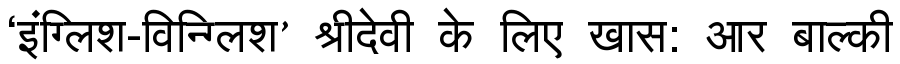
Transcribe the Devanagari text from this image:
‘इंग्लिश-विन्ग्लिश’ श्रीदेवी के लिए खास: आर बाल्की